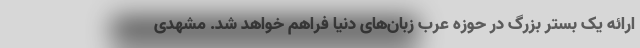
ارائه یک بستر بزرگ در حوزه عرب‌ زبان‌های دنیا فراهم خواهد شد. مشهدی